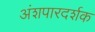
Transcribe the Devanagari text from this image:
अंशपारदर्शक